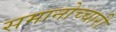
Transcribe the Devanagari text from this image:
समानोच्चारी